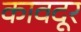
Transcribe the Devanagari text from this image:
कावदूर